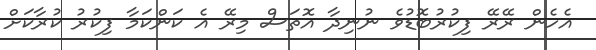
އެހެން ރޭރޭ ފިކުރުބޮޑުވެ ނުނިދާ އޮތަސް މިރޭ އެ ކަންކަމާ ފިކުރު ކުރާކަށް